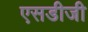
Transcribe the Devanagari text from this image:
एसडीजी